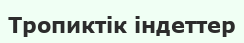
Тропиктік індеттер